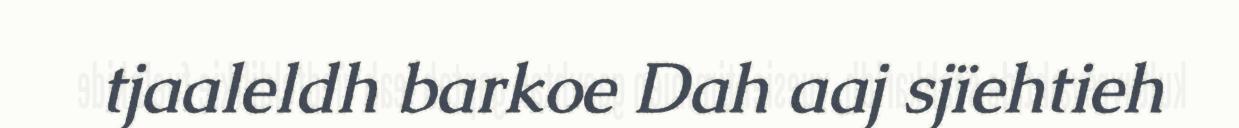
tjaaleldh barkoe Dah aaj sjïehtieh